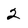
Character: 2